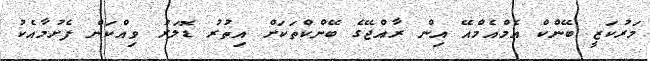
މަރުކަޒީ ބޭންކް އެމްއެމްއޭ އިން ރާއްޖޭގެ ބޭންކްތަކަށް އިތުރު ޑޮލަރު ވިއްކަން ފެށުމާއެކު